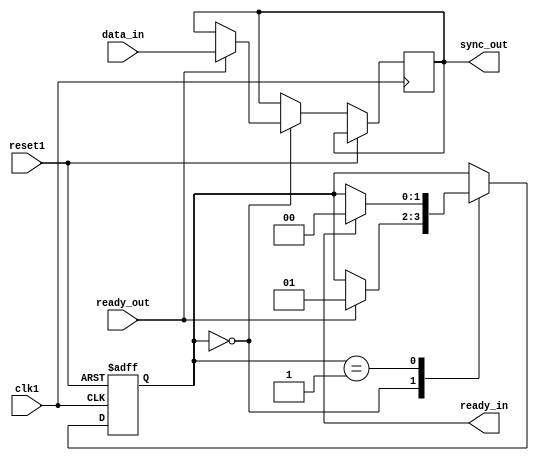
module synchronizer_with_handshaking (
    input wire clk1,          // Clock domain 1
    input wire reset1,        // Reset signal for clock domain 1
    input wire data_in,       // Data input from clock domain 1
    output wire sync_out,     // Synchronized data output to clock domain 2
    output wire ready_in,     // Handshaking signal from clock domain 2
    input wire ready_out      // Handshaking signal to clock domain 1
);

reg [1:0] state;             // State variable for handshaking logic

always @(posedge clk1 or posedge reset1) begin
    if (reset1) begin
        state <= 2'b00;     // Initialize state to idle
    end else begin
        case (state)
            2'b00: begin    // Idle state
                if (ready_out) begin
                    state <= 2'b01; // Transition to data transfer state
                    sync_out <= data_in; // Strobe data into domain 2
                end
            end
            2'b01: begin    // Data transfer state
                if (ready_in) begin
                    state <= 2'b00; // Transition back to idle state
                end
            end
        endcase
    end
end

endmodule